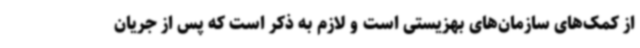
از کمک‌های سازمان‌های بهزیستی است و لازم به ذکر است که پس از جریان